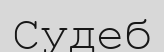
Судеб